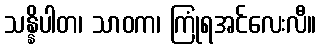
သန္နိပါတ၊ သာဝက၊ ကြုံရအင်လေးလီ။